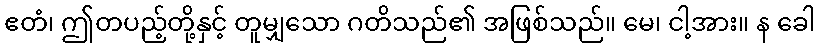
ဧတံ၊ ဤတပည့်တို့နှင့် တူမျှသော ဂတိသည်၏ အဖြစ်သည်။ မေ၊ ငါ့အား။ န ခေါ